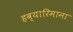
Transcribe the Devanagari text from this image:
हब्‍यारिमाना